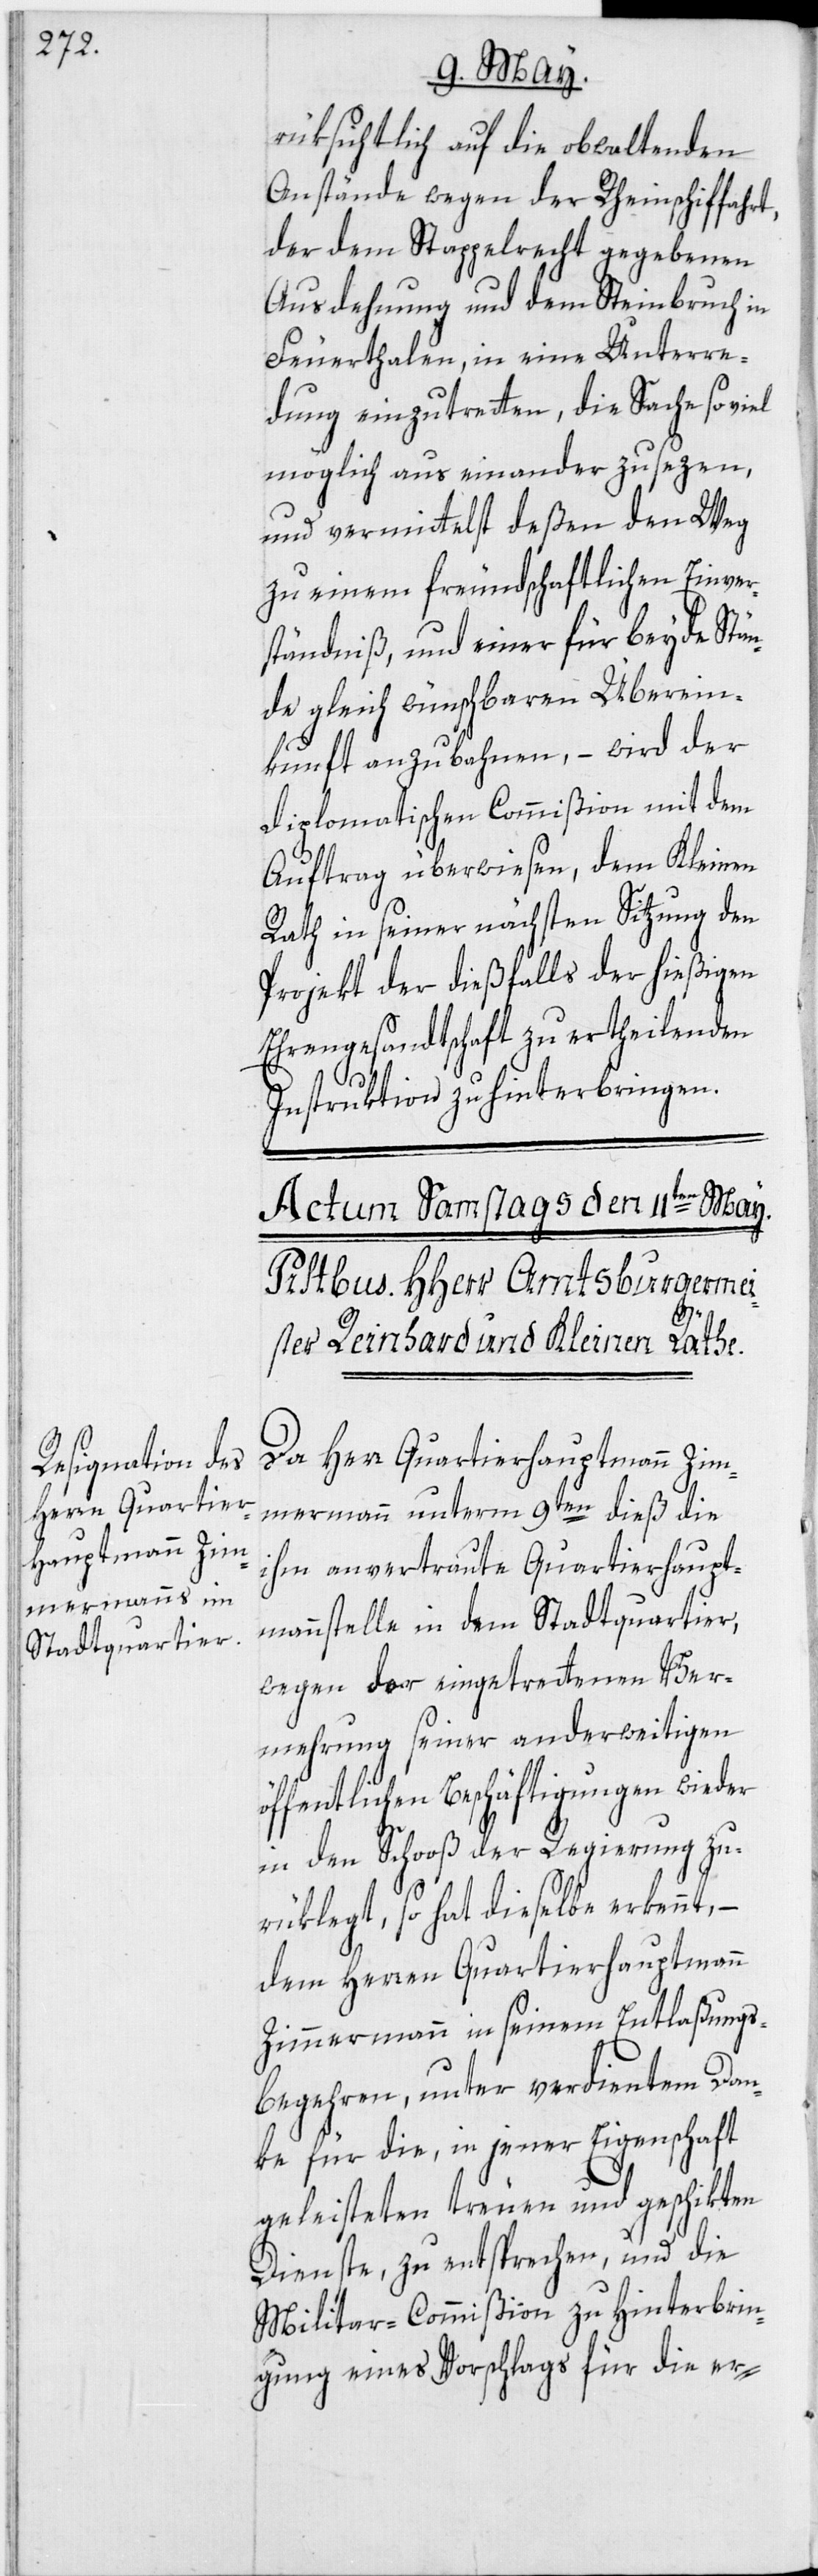
rüksichtlich auf die obwaltenden
Anstände wegen der Rheinschiffahrt,
der dem Stappelrecht gegebenen
Ausdehnung und dem Steinbruch in
Feuerthalen, in eine Unterre¬
dung einzutretten, die Sache so viel
möglich aus einander zu sezen,
und vermittelst deßen den Weg
zu einem freundschaftlichen Einver¬
ständniß, und einer für beyde Stän¬
de gleich wünschbaren Überein¬
kunft anzubahnen, – wird der
Diplomatischen Commißion mit dem
Auftrag überwiesen, dem Kleinen
Rath in seiner nächsten Sitzung den
Projekt der dießfalls der hießigen
Ehrengesandtschaft zu ertheilenden
Instruktion zu hinterbringen.
Da Herr Quartierhauptmann Zim¬
mermann unterm 9ten dieß die
ihm anvertraute Quartierhaupt¬
mannstelle in dem Stadtquartier,
wegen der eingetrettenen Ver¬
mehrung seiner anderweitigen
öffentlichen Beschäftigungen wieder
in den Schooß der Regierung zu¬
rüklegt, so hat dieselbe erkennt,
dem Herren Quartierhauptmann
Zimmermann in seinem Entlaßungs¬
begehren, unter verdientem Dan¬
ke für die, in jener Eigenschaft
geleisteten treuen und geschikten
Dienste, zu entsprechen, und die
Militar-Commißion zu Hinterbrin¬
gung eines Vorschlags für die er-